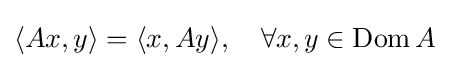
\langle Ax,y\rangle =\langle x,Ay\rangle ,\quad \forall x,y\in \operatorname {Dom} A